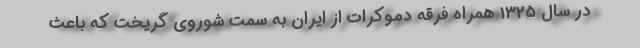
در سال 1325 همراه فرقه دموكرات از ایران به سمت شوروی گریخت كه باعث